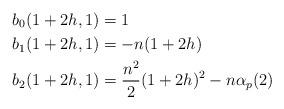
LaTeX: \begin{align*}b_0(1+2h,1) &= 1 \\b_1(1+2h,1) &= -n(1+2h) \\b_2(1+2h,1) &= \frac{n^2}{2}(1+2h)^2 - n\alpha_p(2)\end{align*}